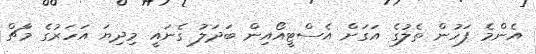
އެންމެ ފަހުން ތެލުގެ އަގަށް އެސްޓީއޯއިން ބަދަލު ގެނައީ މިދިޔަ އަހަރުގެ މާޗް